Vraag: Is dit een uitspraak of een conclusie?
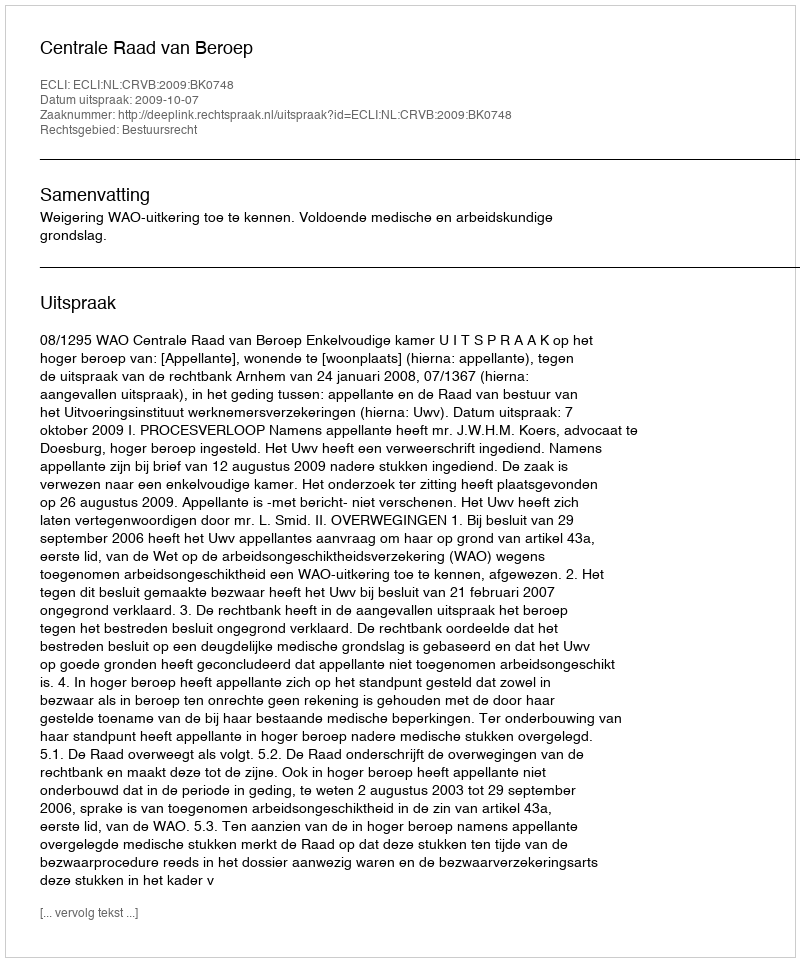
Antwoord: Uitspraak